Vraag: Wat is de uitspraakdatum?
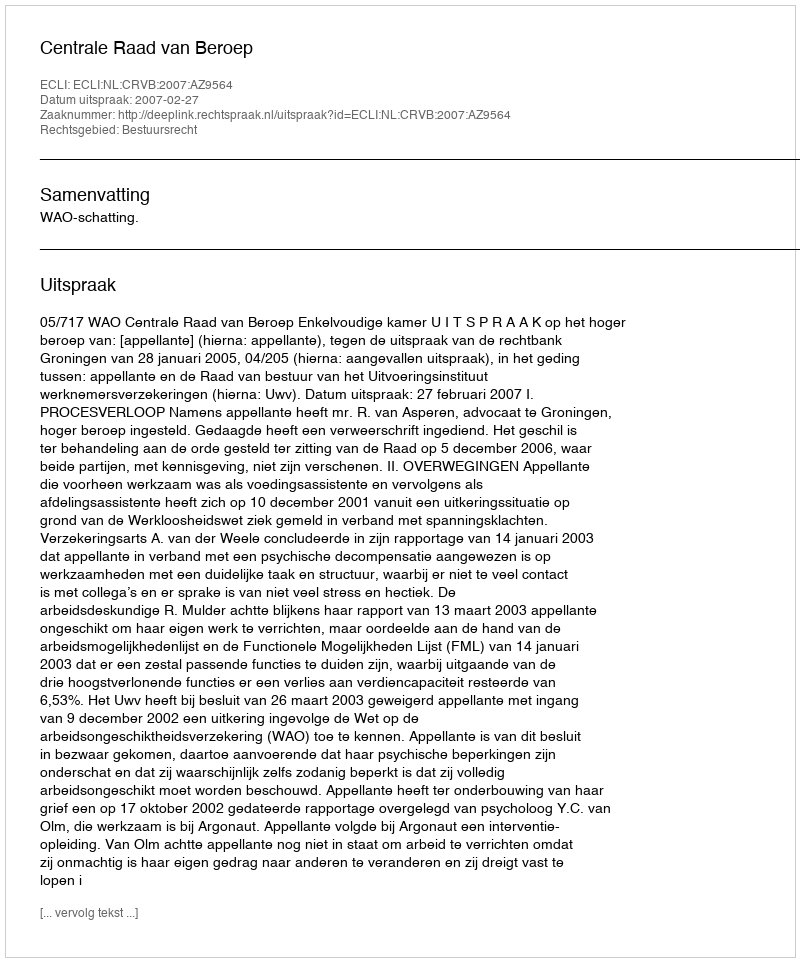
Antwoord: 2007-02-27